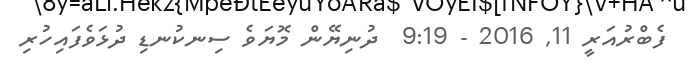
ފެބްރުއަރީ 11